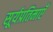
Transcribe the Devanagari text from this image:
सूर्यप्रतिमाएँ